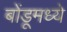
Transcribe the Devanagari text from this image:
बोंडूमध्ये